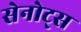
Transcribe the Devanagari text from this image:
सेनोट्स